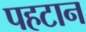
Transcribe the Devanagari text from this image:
पहटान